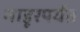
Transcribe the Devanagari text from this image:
माहूरपर्यंत